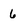
Character: 6